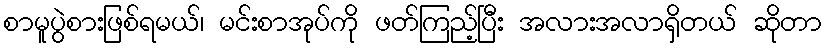
စာမူပွဲစားဖြစ်ရမယ်၊ မင်းစာအုပ်ကို ဖတ်ကြည့်ပြီး အလားအလာရှိတယ် ဆိုတာ